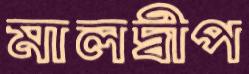
মালদ্বীপ